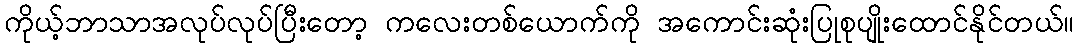
ကိုယ့်ဘာသာအလုပ်လုပ်ပြီးတော့ ကလေးတစ်ယောက်ကို အကောင်းဆုံးပြုစုပျိုးထောင်နိုင်တယ်။